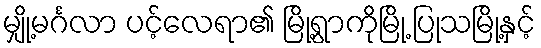
မျှို့မင်္ဂလာ ပင့်လေရာ၏ မြို့ရွာကိုမြို့ ပြုသမြို့နှင့်